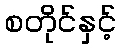
စတိုင်နှင့်